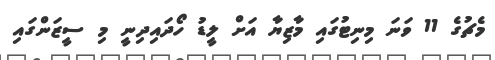
މެޗުގެ 11 ވަނަ މިނިޓުގައި މާޒިޔާ އަށް ލީޑު ހޯދައިދިނީ މި ސީޒަންގައި